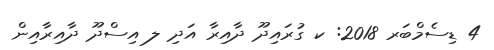
4 ޑިސެމްބަރ 2018: ކ ގުރައިދޫ ދާއިރާ އަދި ލ އިސްދޫ ދާއިރާއިން